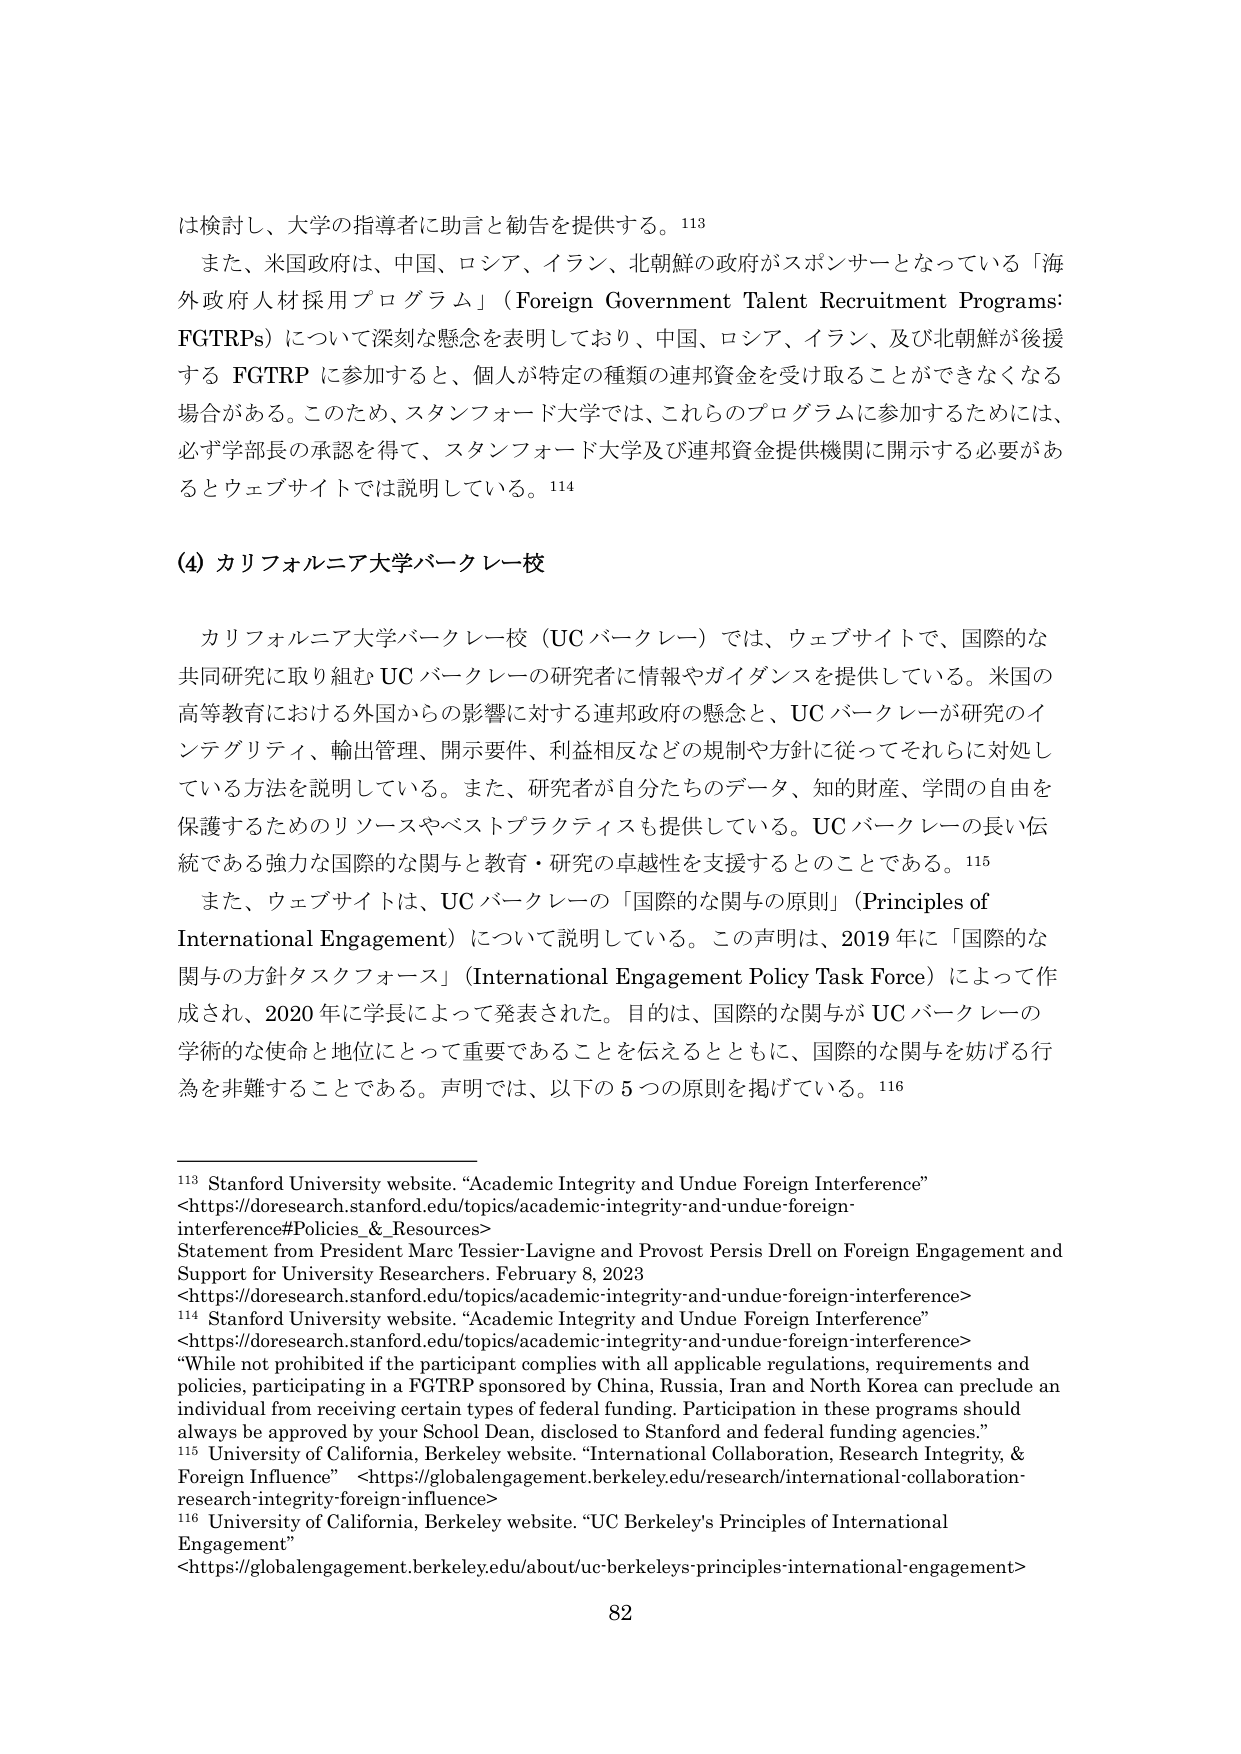
は検討し、大学の指導者に助言と勧告を提供する。113

また、米国政府は、中国、ロシア、イラン、北朝鮮の政府がスポンサーとなっている「海外政府人材採用プログラム」（Foreign Government Talent Recruitment Programs: FGTRPs）について深刻な懸念を表明しており、中国、ロシア、イラン、及び北朝鮮が後援する FGTRP に参加すると、個人が特定の種類の連邦資金を受け取ることができなくなる場合がある。このため、スタンフォード大学では、これらのプログラムに参加するためには、必ず学部長の承認を得て、スタンフォード大学及び連邦資金提供機関に開示する必要があるとウェブサイトでは説明している。114

(4) カリフォルニア大学バークレー校

カリフォルニア大学バークレー校（UC バークレー）では、ウェブサイトで、国際的な共同研究に取り組む UC バークレーの研究者に情報やガイダンスを提供している。米国の高等教育における外国からの影響に対する連邦政府の懸念と、UC バークレーが研究のインテグリティ、輸出管理、開示要件、利益相反などの規制や方針に従ってそれらに対処している方法を説明している。また、研究者が自分たちのデータ、知的財産、学問の自由を保護するためのリソースやベストプラクティスも提供している。UC バークレーの長い伝統である強力な国際的な関与と教育・研究の卓越性を支援するとのことである。115

また、ウェブサイトは、UC バークレーの「国際的な関与の原則」（Principles of International Engagement）について説明している。この声明は、2019 年に「国際的な関与の方針タスクフォース」（International Engagement Policy Task Force）によって作成され、2020 年に学長によって発表された。目的は、国際的な関与が UC バークレーの学術的な使命と地位にとって重要であることを伝えるとともに、国際的な関与を妨げる行為を非難することである。声明では、以下の 5 つの原則を掲げている。116

113 Stanford University website. “Academic Integrity and Undue Foreign Interference” <https://doresearch.stanford.edu/topics/academic-integrity-and-undue-foreign-interference#Policies_&_Resources> Statement from President Marc Tessier-Lavigne and Provost Persis Drell on Foreign Engagement and Support for University Researchers. February 8, 2023 <https://doresearch.stanford.edu/topics/academic-integrity-and-undue-foreign-interference>

114 Stanford University website. “Academic Integrity and Undue Foreign Interference” <https://doresearch.stanford.edu/topics/academic-integrity-and-undue-foreign-interference> “While not prohibited if the participant complies with all applicable regulations, requirements and policies, participating in a FGTRP sponsored by China, Russia, Iran and North Korea can preclude an individual from receiving certain types of federal funding. Participation in these programs should always be approved by your School Dean, disclosed to Stanford and federal funding agencies.”

115 University of California, Berkeley website. “International Collaboration, Research Integrity, & Foreign Influence” <https://globalengagement.berkeley.edu/research/international-collaboration-research-integrity-foreign-influence>

116 University of California, Berkeley website. “UC Berkeley’s Principles of International Engagement” <https://globalengagement.berkeley.edu/about/uc-berkeleys-principles-international-engagement>

82